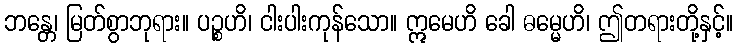
ဘန္တေ၊ မြတ်စွာဘုရား။ ပဉ္စဟိ၊ ငါးပါးကုန်သော။ ဣမေဟိ ခေါ ဓမ္မေဟိ၊ ဤတရားတို့နှင့်။